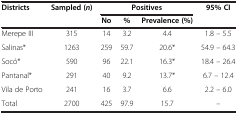
<table><thead><tr><td><b>Districts</b></td><td><b>Sampled (<i>n</i>)</b></td><td colspan="3"><b>Positives</b></td><td><b>95% CI</b></td></tr><tr><td><b> </b></td><td><b> </b></td><td><b>No</b></td><td><b>%</b></td><td><b>Prevalence (%)</b></td><td><b> </b></td></tr></thead><tbody><tr><td>Merepe III</td><td>315</td><td>14</td><td>3.2</td><td>4.4</td><td>1.8 – 5.5</td></tr><tr><td>Salinas*</td><td>1263</td><td>259</td><td>59.7</td><td>20.6*</td><td>54.9 – 64.3</td></tr><tr><td>Socó*</td><td>590</td><td>96</td><td>22.1</td><td>16.3*</td><td>18.4 – 26.4</td></tr><tr><td>Pantanal*</td><td>291</td><td>40</td><td>9.2</td><td>13.7*</td><td>6.7 – 12.4</td></tr><tr><td>Vila de Porto</td><td>241</td><td>16</td><td>3.7</td><td>6.6</td><td>2.2 – 6.0</td></tr><tr><td>Total</td><td>2700</td><td>425</td><td>97.9</td><td>15.7</td><td>–</td></tr></tbody></table>